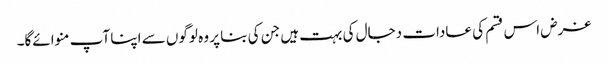
غرض اس قسم کی عادات دجال کی بہت ہیں جن کی بنا پر وہ لوگوں سے اپنا آپ منوائےگا۔